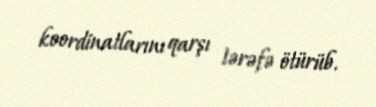
koordinatlarını qarşı tərəfə ötürüb.